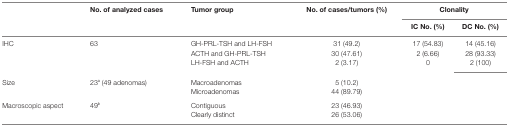
<table><thead><tr><td rowspan="2"></td><td rowspan="2"><b>No. of analyzed cases</b></td><td rowspan="2"><b>Tumor group</b></td><td rowspan="2"><b>No. of cases/tumors (%)</b></td><td colspan="2"><b>Clonality</b></td></tr><tr><td><b>IC No. (%)</b></td><td><b>DC No. (%)</b></td></tr></thead><tbody><tr><td rowspan="3">IHC</td><td rowspan="3">63</td><td>GH-PRL-TSH and LH-FSH</td><td>31 (49.2)</td><td>17 (54.83)</td><td>14 (45.16)</td></tr><tr><td>ACTH and GH-PRL-TSH</td><td>30 (47.61)</td><td>2 (6.66)</td><td>28 (93.33)</td></tr><tr><td>LH-FSH and ACTH</td><td>2 (3.17)</td><td>0</td><td>2 (100)</td></tr><tr><td rowspan="2">Size</td><td rowspan="2">23<sup>a</sup> (49 adenomas)</td><td>Macroadenomas</td><td>5 (10.2)</td><td rowspan="2" colspan="2"></td></tr><tr><td>Microadenomas</td><td>44 (89.79)</td></tr><tr><td rowspan="2">Macroscopic aspect</td><td rowspan="2">49<sup>b</sup></td><td>Contiguous</td><td>23 (46.93)</td><td rowspan="2" colspan="2"></td></tr><tr><td>Clearly distinct</td><td>26 (53.06)</td></tr></tbody></table>